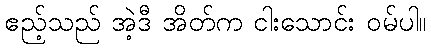
ဧည့်သည် အဲ့ဒီ အိတ်က ငါးသောင်း ဝမ်ပါ။